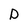
Character: D